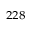
^ { 2 2 8 }